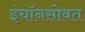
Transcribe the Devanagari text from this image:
इंचॉनसोबत